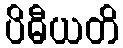
ပိဓီယတိ